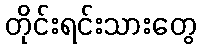
တိုင်းရင်းသားတွေ